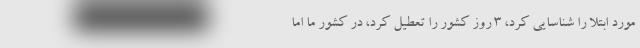
مورد ابتلا را شناسایی کرد، ۳ روز کشور را تعطیل کرد، در کشور ما اما